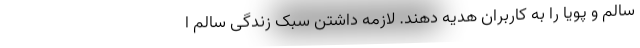
سالم و پویا را به کاربران هدیه دهند. لازمه داشتن سبک زندگی سالم ا